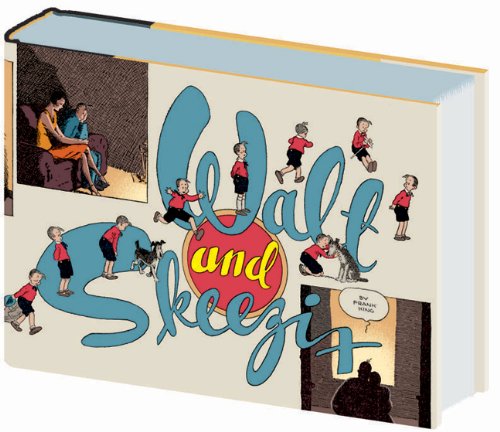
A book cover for Walt and Skeezix: Book Four: 1927-1928 (Walt & Skeezix); Frank King; Comics & Graphic Novels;